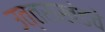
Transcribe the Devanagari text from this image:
उत्तराखंडचे